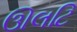
ઊલટિ